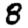
Digit: 8